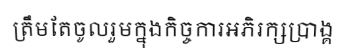
ត្រឹមតែចូលរួមក្នុងកិច្ចការអភិរក្សប្រាង្គ